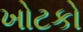
ખોટકો